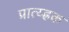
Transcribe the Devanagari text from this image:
प्रात्य्ह्रक